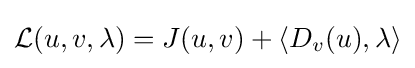
{\mathcal {L}}(u,v,\lambda )=J(u,v)+\langle D_{v}(u),\lambda \rangle